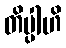
တိပ္ပါဟိ